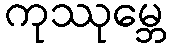
ကုဿုမ္ဘေ